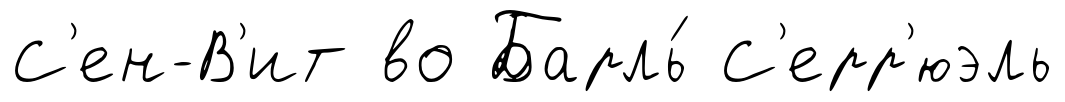
С'ен-В'ит во Барль́ С'ерр'юэль